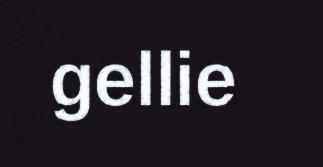
gellie